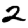
Digit: 2